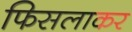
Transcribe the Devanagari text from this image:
फिसलाकर